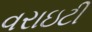
વરાઇટી